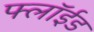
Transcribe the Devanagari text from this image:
फ्लॉईड